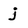
Character: j